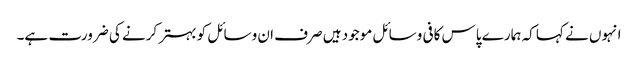
انہوں نے کہا کہ ہمارے پاس کافی وسائل موجود ہیں صرف ان وسائل کو بہتر کرنے کی ضرورت ہے۔